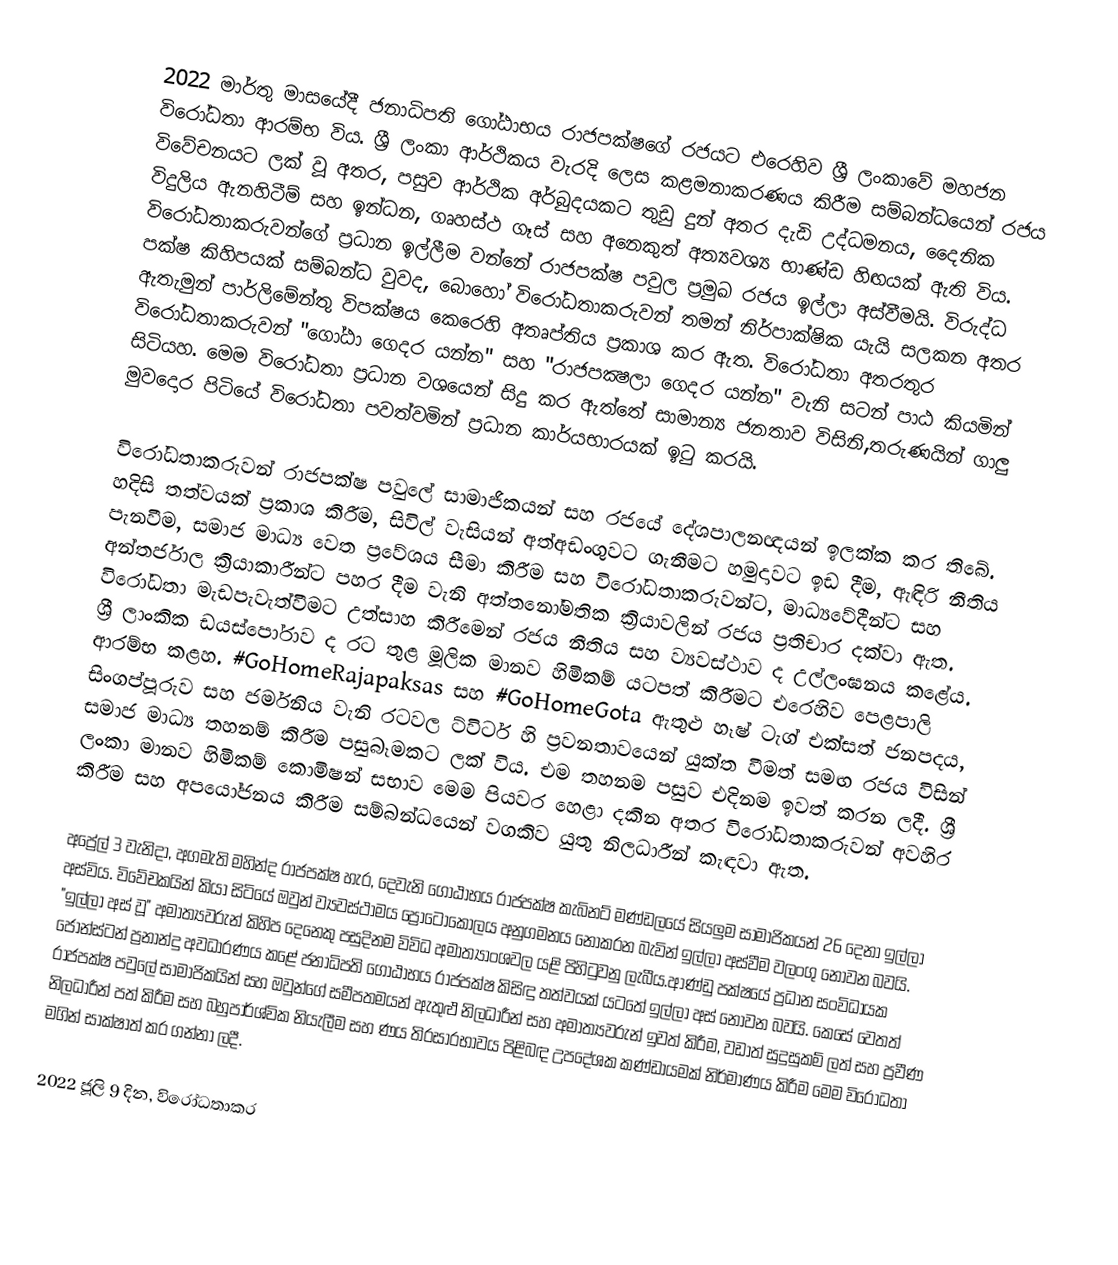
2022 මාර්තු මාසයේදී ජනාධිපති ගෝඨාභය රාජපක්ෂගේ රජයට  එරෙහිව ශ්‍රී ලංකාවේ මහජන විරෝධතා ආරම්භ විය.  ශ්‍රී ලංකා ආර්ථිකය වැරදි ලෙස කළමනාකරණය කිරීම සම්බන්ධයෙන් රජය විවේචනයට ලක් වූ අතර, පසුව ආර්ථික අර්බුදයකට තුඩු දුන් අතර දැඩි උද්ධමනය, දෛනික විදුලිය ඇනහිටීම්  සහ ඉන්ධන, ගෘහස්ථ ගෑස් සහ අනෙකුත් අත්‍යවශ්‍ය භාණ්ඩ හිඟයක් ඇති විය. විරෝධතාකරුවන්ගේ ප්‍රධාන ඉල්ලීම වන්නේ රාජපක්ෂ පවුල ප්‍රමුඛ රජය ඉල්ලා අස්වීමයි. විරුද්ධ පක්ෂ කිහිපයක් සම්බන්ධ වුවද, බොහෝ විරෝධතාකරුවන් තමන් නිර්පාක්ෂික යැයි සලකන අතර ඇතැමුන් පාර්ලිමේන්තු විපක්ෂය කෙරෙහි අතෘප්තිය ප්‍රකාශ කර ඇත. විරෝධතා අතරතුර විරෝධතාකරුවන් "ගෝඨා ගෙදර යන්න" සහ "රාජපක්‍ෂලා ගෙදර යන්න" වැනි සටන් පාඨ කියමින් සිටියහ. මෙම විරෝධතා ප්‍රධාන වශයෙන් සිදු කර ඇත්තේ සාමාන්‍ය ජනතාව විසිනි,තරුණයින් ගාලු මුවදොර පිටියේ විරෝධතා පවත්වමින් ප්‍රධාන කාර්යභාරයක් ඉටු කරයි.

විරෝධතාකරුවන් රාජපක්ෂ පවුලේ සාමාජිකයන් සහ රජයේ දේශපාලනඥයන් ඉලක්ක කර තිබේ. හදිසි තත්වයක් ප්‍රකාශ කිරීම, සිවිල් වැසියන් අත්අඩංගුවට ගැනීමට හමුදාවට ඉඩ දීම, ඇඳිරි නීතිය පැනවීම, සමාජ මාධ්‍ය වෙත ප්‍රවේශය සීමා කිරීම සහ විරෝධතාකරුවන්ට, මාධ්‍යවේදීන්ට සහ අන්තර්ජාල ක්‍රියාකාරීන්ට පහර දීම වැනි අත්තනෝමතික ක්‍රියාවලින් රජය ප්‍රතිචාර දක්වා ඇත. විරෝධතා මැඩපැවැත්වීමට උත්සාහ කිරීමෙන් රජය නීතිය සහ ව්‍යවස්ථාව ද උල්ලංඝනය කළේය. ශ්‍රී ලාංකික ඩයස්පෝරාව ද රට තුළ මූලික මානව හිමිකම් යටපත් කිරීමට එරෙහිව පෙළපාලි ආරම්භ කළහ. #GoHomeRajapaksas සහ #GoHomeGota ඇතුළු හෑෂ් ටැග් එක්සත් ජනපදය, සිංගප්පූරුව සහ ජර්මනිය වැනි රටවල ට්විටර් හි ප්‍රවනතාවයෙන් යුක්ත වීමත් සමඟ රජය විසින් සමාජ මාධ්‍ය තහනම් කිරීම පසුබෑමකට ලක් විය. එම තහනම පසුව එදිනම ඉවත් කරන ලදී. ශ්‍රී ලංකා මානව හිමිකම් කොමිෂන් සභාව මෙම පියවර හෙළා දකින අතර විරෝධතාකරුවන් අවහිර කිරීම සහ අපයෝජනය කිරීම සම්බන්ධයෙන් වගකිව යුතු නිලධාරීන් කැඳවා ඇත.

අප්‍රේල් 3 වැනිදා, අගමැති මහින්ද රාජපක්ෂ හැර, දෙවැනි ගෝඨාභය රාජපක්ෂ කැබිනට් මණ්ඩලයේ සියලුම සාමාජිකයන් 26 දෙනා ඉල්ලා අස්විය. විවේචකයින් කියා සිටියේ ඔවුන් ව්‍යවස්ථාමය ප්‍රොටෝකෝලය අනුගමනය නොකරන බැවින් ඉල්ලා අස්වීම වලංගු නොවන බවයි. "ඉල්ලා අස් වූ" අමාත්‍යවරුන් කිහිප දෙනෙකු පසුදිනම විවිධ අමාත්‍යාංශවල යළි පිහිටුවනු ලැබීය.ආණ්ඩු පක්ෂයේ ප්‍රධාන සංවිධායක ජොන්ස්ටන් ප්‍රනාන්දු අවධාරණය කළේ ජනාධිපති ගෝඨාභය රාජපක්ෂ කිසිඳු තත්වයක් යටතේ ඉල්ලා අස් නොවන බවයි. කෙසේ වෙතත් රාජපක්ෂ පවුලේ සාමාජිකයින් සහ ඔවුන්ගේ සමීපතමයන් ඇතුළු නිලධාරීන් සහ අමාත්‍යවරුන් ඉවත් කිරීම, වඩාත් සුදුසුකම් ලත් සහ ප්‍රවීණ නිලධාරීන් පත් කිරීම සහ බහුපාර්ශ්වික නියැලීම සහ ණය තිරසාරභාවය පිළිබඳ උපදේශක කණ්ඩායමක් නිර්මාණය කිරීම මෙම විරෝධතා මගින් සාක්ෂාත් කර ගන්නා ලදී.

2022 ජූලි 9 දින, විරෝධතාකර